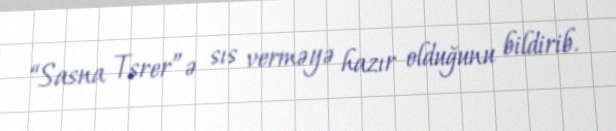
“Sasna Tsrer”ə sıs verməyə hazır olduğunu bildirib.